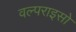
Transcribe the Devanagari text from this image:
वल्पराइसो